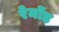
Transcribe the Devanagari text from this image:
रेमोंड